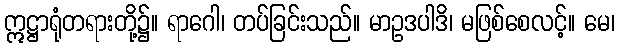
ဣဋ္ဌာရုံတရားတို့၌။ ရာဂေါ၊ တပ်ခြင်းသည်။ မာဥဒပါဒိ၊ မဖြစ်စေလင့်။ မေ၊